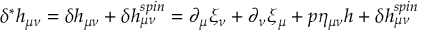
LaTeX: \delta ^ { * } h _ { \mu \nu } = \delta h _ { \mu \nu } + \delta h _ { \mu \nu } ^ { s p i n } = \partial _ { \mu } \xi _ { \nu } + \partial _ { \nu } \xi _ { \mu } + p \eta _ { \mu \nu } h + \delta h _ { \mu \nu } ^ { s p i n }